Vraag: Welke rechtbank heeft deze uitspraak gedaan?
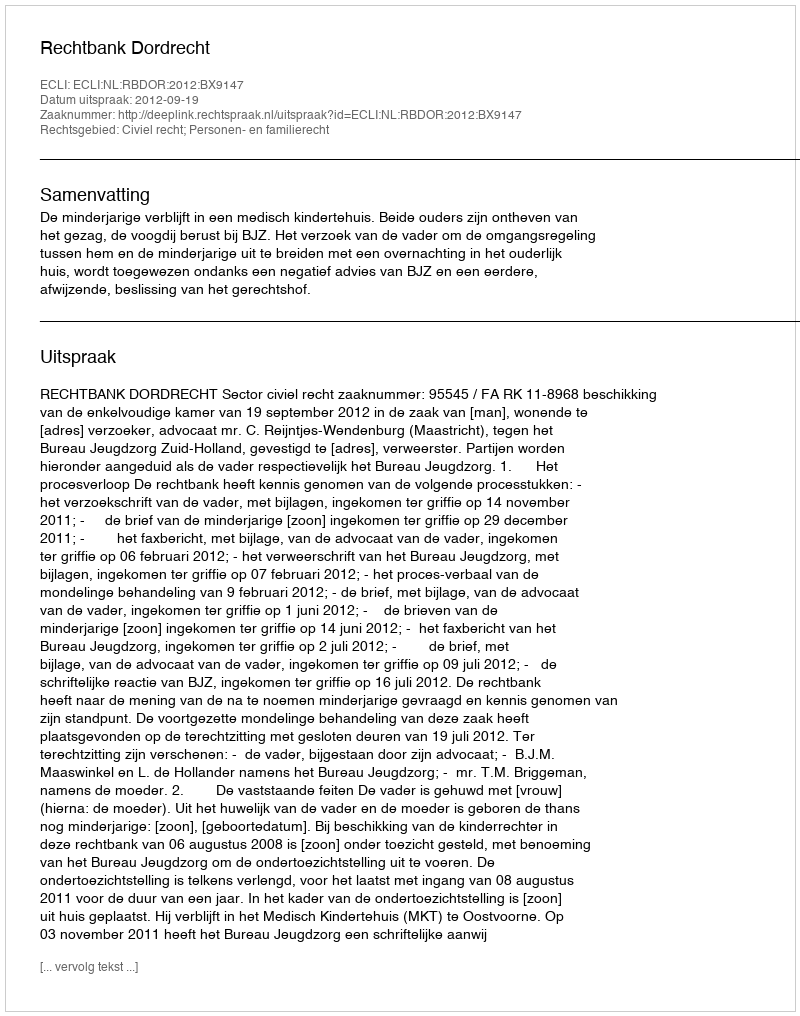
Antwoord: Rechtbank Dordrecht